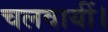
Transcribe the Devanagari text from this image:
चलवायीं।